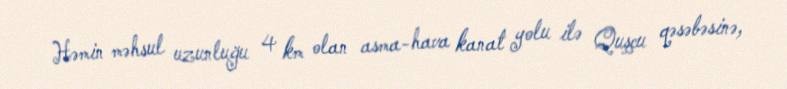
Həmin məhsul uzunluğu 4 km olan asma-hava kanat yolu ilə Quşçu qəsəbəsinə,